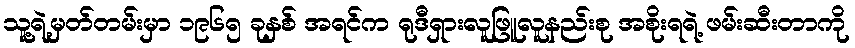
သူ့ရဲ့မှတ်တမ်းမှာ ၁၉၆၅ ခုနှစ် အရင်က ရုဒီရှားလူဖြူလူနည်းစု အစိုးရရဲ့ ဖမ်းဆီးတာကို